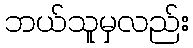
ဘယ်သူမှလည်း